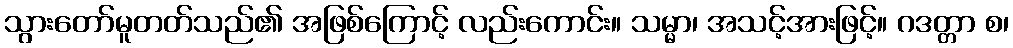
သွားတော်မူတတ်သည်၏ အဖြစ်ကြောင့် လည်းကောင်း။ သမ္မာ၊ အသင့်အားဖြင့်။ ဂဒတ္တာ စ၊